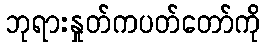
ဘုရားနှုတ်ကပတ်တော်ကို